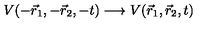
V ( - \vec { r } _ { 1 } , - \vec { r } _ { 2 } , - t ) \longrightarrow V ( \vec { r } _ { 1 } , \vec { r } _ { 2 } , t )